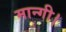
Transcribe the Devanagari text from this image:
मान्गी।